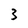
Character: 3